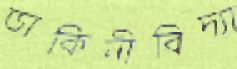
ডাকিনীবিদ্যা